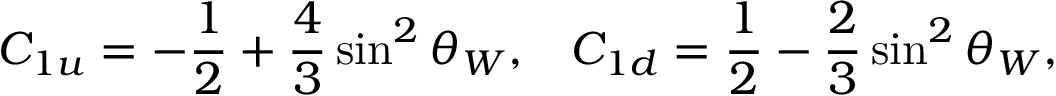
C _ { 1 u } = - \frac { 1 } { 2 } + \frac { 4 } { 3 } \sin ^ { 2 } \theta _ { W } , \; \; \; C _ { 1 d } = \frac { 1 } { 2 } - \frac { 2 } { 3 } \sin ^ { 2 } \theta _ { W } ,